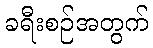
ခရီးစဉ်အတွက်